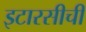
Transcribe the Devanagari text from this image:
इटारसीची